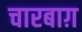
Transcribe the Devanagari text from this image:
चारबाग़